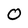
Character: 0